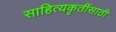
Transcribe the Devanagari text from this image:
साहित्यकृतींसाठी